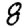
Digit: 8